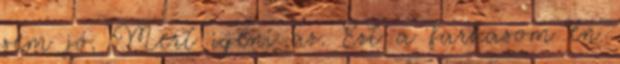
sem jó. Mert igeni az. Ezt a farkasom én